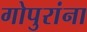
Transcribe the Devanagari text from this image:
गोपुरांना